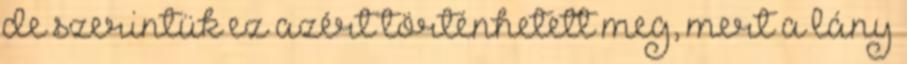
de szerintük ez azért történhetett meg, mert a lány